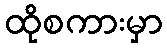
ထိုစကားမှာ